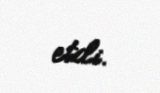
etdi.